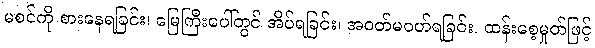
မစင်ကို စားနေရခြင်း၊ မြေကြီးပေါ်တွင် အိပ်ရခြင်း၊ အဝတ်မဝတ်ရခြင်း၊ ထန်းစေ့မှုတ်ဖြင့်